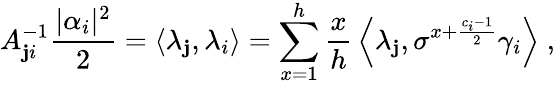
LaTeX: A_{\mathbf{j}i}^{-1}\frac{{|\alpha_{i}|^{2}}}{{2}}=\left\langle\lambda_{\mathbf{j}},\lambda_{i}\right\rangle=\sum_{x=1}^{h}\frac{{x}}{{h}}\, \left\langle\lambda_{\mathbf{j}},\sigma^{x+\frac{{c_{i}-1}}{{2}}}\gamma_{i}\right\rangle\; ,